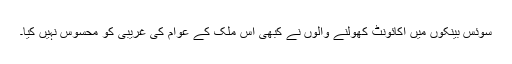
سوئس بینکوں میں اکائونٹ کھولنے والوں نے کبھی اس ملک کے عوام کی غریبی کو محسوس نہیں کیا۔